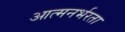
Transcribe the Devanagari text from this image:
आत्मनर्भरता